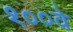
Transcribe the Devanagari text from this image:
१००वे